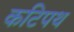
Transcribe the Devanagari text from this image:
कटिपथ